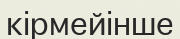
кірмейінше